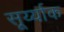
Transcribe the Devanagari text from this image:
सूर्य्याक